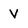
Character: V